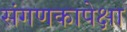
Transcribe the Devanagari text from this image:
संगणकापेक्षा